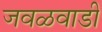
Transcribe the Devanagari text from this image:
जवळवाडी